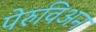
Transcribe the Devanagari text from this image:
पेरुविअन